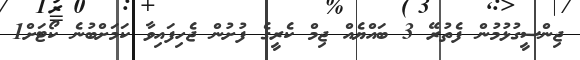
ޖިންސީގުޅުމުން ފެތުރޭ 3 ބައްޔެއް ޖިމް ކެރީގެ ފުށުން ޖެހިފައިވާ ކަމަށްބުނެ ކޯޓަށް1